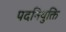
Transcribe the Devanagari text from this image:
पदनियुक्ति